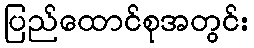
ပြည်ထောင်စုအတွင်း